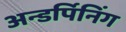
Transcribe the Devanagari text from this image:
अन्डर्पिनिंग